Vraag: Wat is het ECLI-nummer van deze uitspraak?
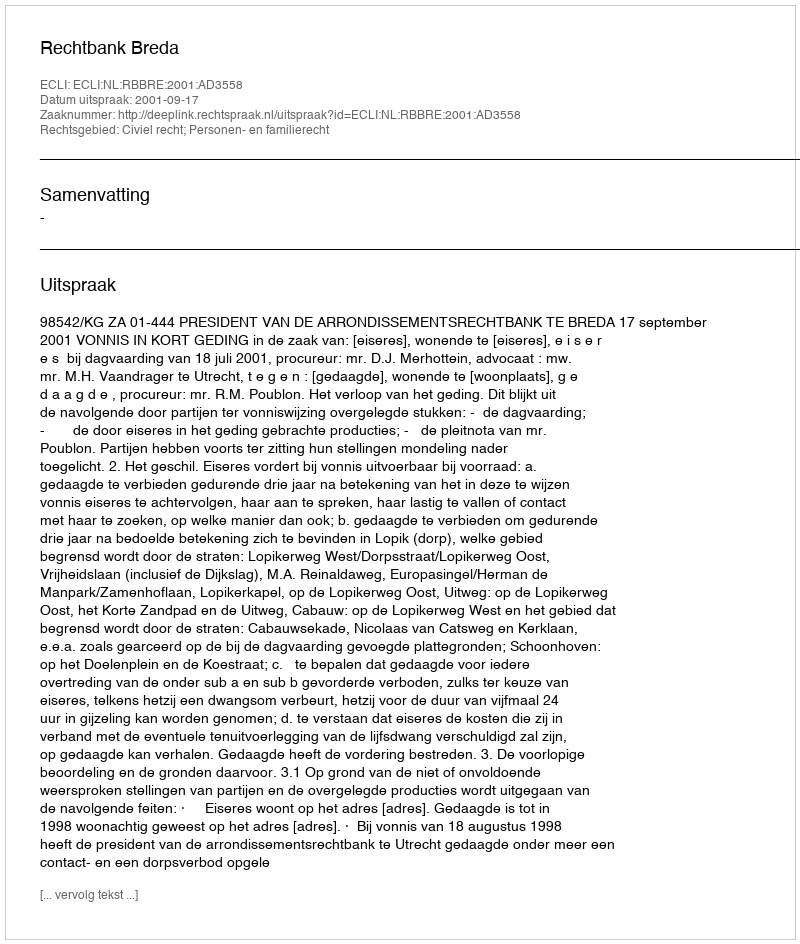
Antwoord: ECLI:NL:RBBRE:2001:AD3558